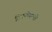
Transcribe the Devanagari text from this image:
टिपणीसाठी